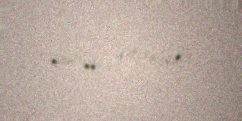
şöhrəti gətirmişdir.